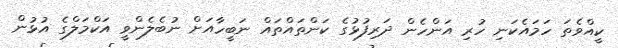
ކީއްވެތަ ހަމައެކަނި ހުރި އަންހެން ދަރިފުޅުގެ ކަންތައްތައް ނަބީހާއަށް ނުބެލެންވީ އަކްމަލްގެ އުޅުން